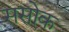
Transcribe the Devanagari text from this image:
ससोक